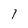
Character: 1